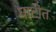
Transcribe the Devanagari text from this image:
घाटीत